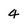
Character: 4